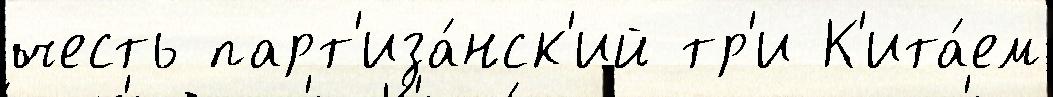
честь парт'иза́нск'ий тр'и К'ита́ем